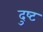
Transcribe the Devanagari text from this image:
दुष्‍ट